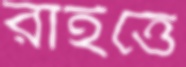
রাইত্তে